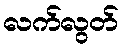
လက်လွတ်